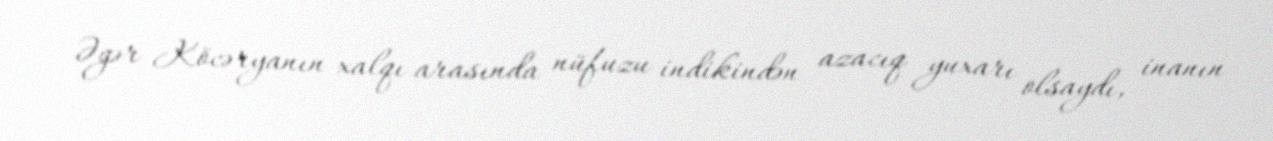
Əgər Köcəryanın xalqı arasında nüfuzu indikindən azacıq yuxarı olsaydı, inanın